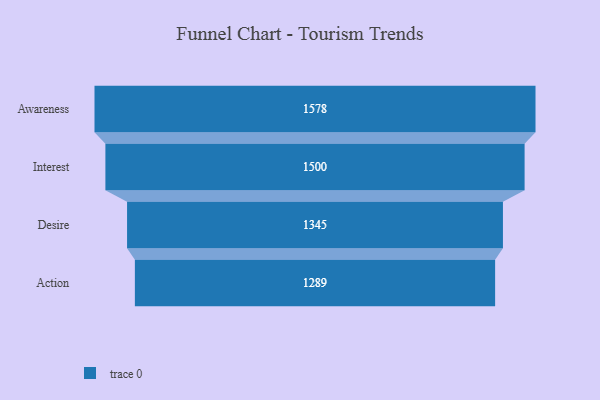
{"axis": {"x": "Stage", "y": "Value"}, "legend": [""], "data": [{"x": "Awareness", "y": 1578.0, "type": ""}, {"x": "Interest", "y": 1500.0, "type": ""}, {"x": "Desire", "y": 1345.0, "type": ""}, {"x": "Action", "y": 1289.0, "type": ""}]}